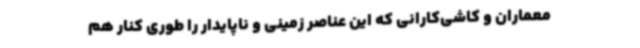
معماران و کاشی‌کارانی که این عناصر زمینی و ناپایدار را طوری کنار هم